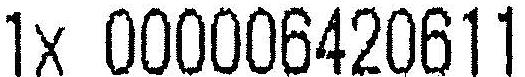
1X 000006420611